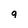
Character: q